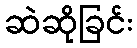
ဆဲဆိုခြင်း